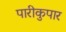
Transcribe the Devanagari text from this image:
पारीकुपार